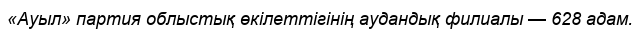
«Ауыл» партия облыстық өкілеттігінің аудандық филиалы — 628 адам.